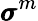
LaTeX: \pmb{\sigma}^{m}